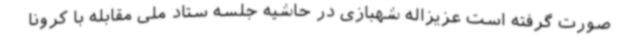
صورت گرفته است عزیزاله شهبازی در حاشیه جلسه ستاد ملی مقابله با کرونا